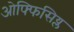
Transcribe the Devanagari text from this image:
ओफ्फिसिय्ल